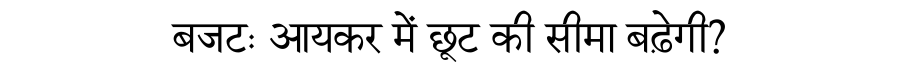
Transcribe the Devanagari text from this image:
बजटः आयकर में छूट की सीमा बढ़ेगी?